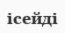
ісейді